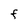
Character: F